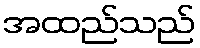
အထည်သည်